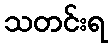
သတင်းရ